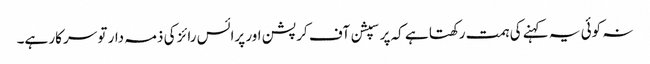
نہ کوئی یہ کہنے کی ہمت رکھتا ہے کہ پرسپشن آف کرپشن اور پرائس رائز کی ذمہ دار تو سرکار ہے۔